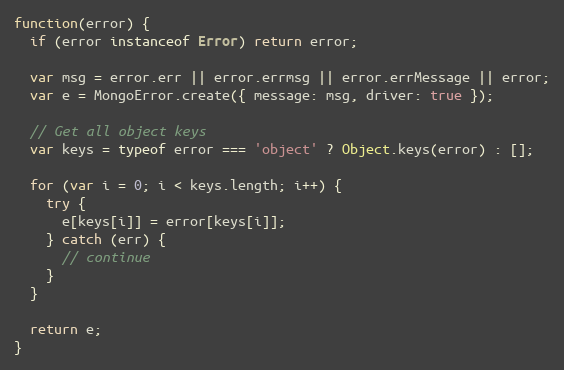
Language: JavaScript
function(error) {
  if (error instanceof Error) return error;

  var msg = error.err || error.errmsg || error.errMessage || error;
  var e = MongoError.create({ message: msg, driver: true });

  // Get all object keys
  var keys = typeof error === 'object' ? Object.keys(error) : [];

  for (var i = 0; i < keys.length; i++) {
    try {
      e[keys[i]] = error[keys[i]];
    } catch (err) {
      // continue
    }
  }

  return e;
}